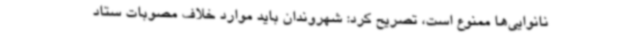
نانوایی‌ها ممنوع است، تصریح کرد: شهروندان باید موارد خلاف مصوبات ستاد